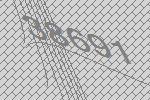
38691